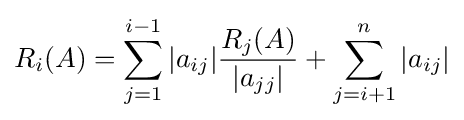
R_{i}(A)=\sum _{j=1}^{i-1}|a_{ij}|{\frac {R_{j}(A)}{|a_{jj}|}}+\sum _{j=i+1}^{n}|a_{ij}|